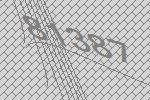
81387